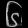
Digit: ၆